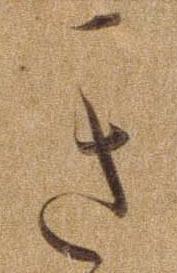
き